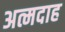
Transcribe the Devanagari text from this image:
अत्मदाह